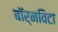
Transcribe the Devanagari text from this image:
बॉर्नविटा